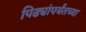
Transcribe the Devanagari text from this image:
पिढ्यांपर्यंतच्या